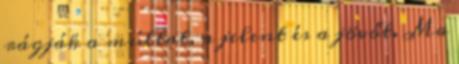
rágják a múltat, a jelent és a jövőt. Ma